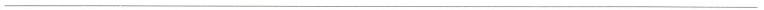
___